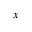
x